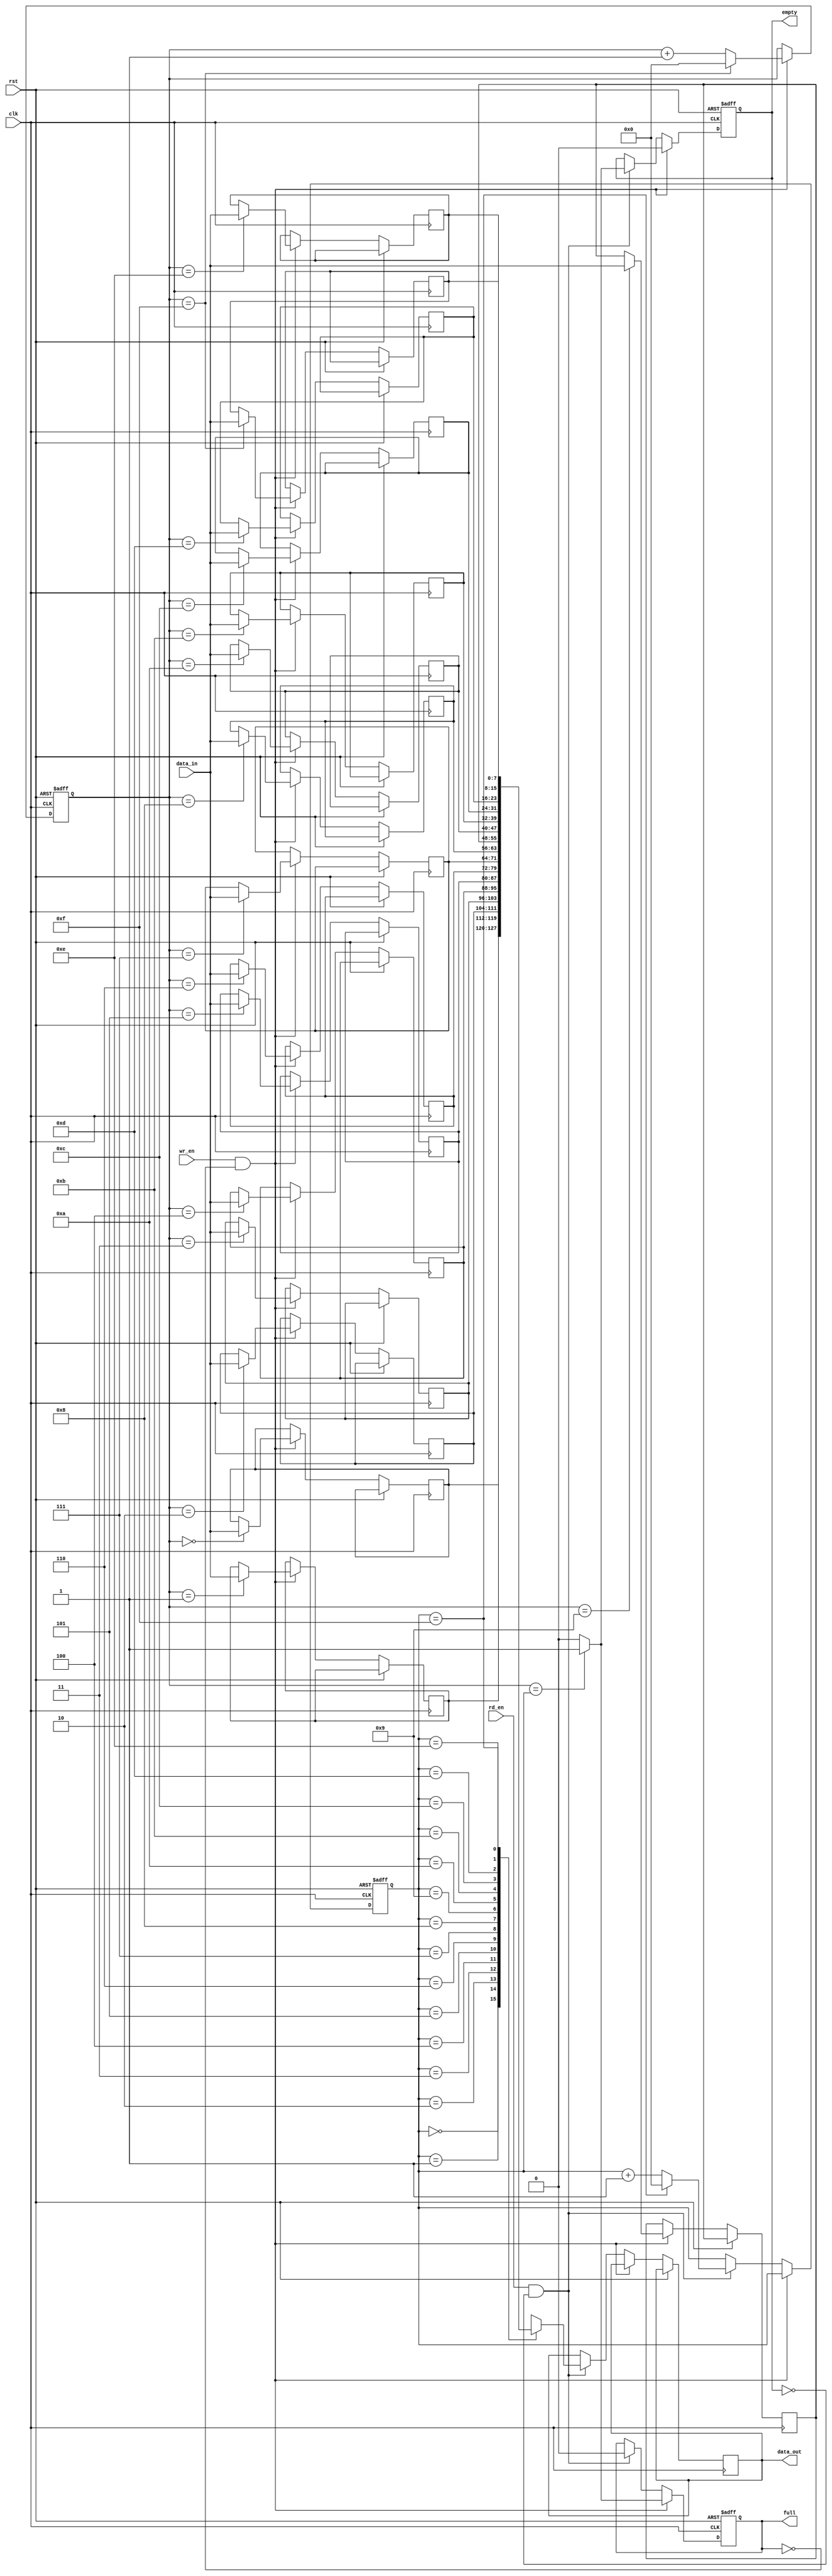
module fifo(
  input wire clk,
  input wire rst,
  input wire wr_en,
  input wire rd_en,
  input wire [7:0] data_in,
  output reg [7:0] data_out,
  output reg full,
  output reg empty
);

parameter BUFFER_SIZE = 16;
reg [7:0] buffer [0:BUFFER_SIZE-1];
reg [3:0] wr_ptr;
reg [3:0] rd_ptr;

always @ (posedge clk or posedge rst)
begin
  if (rst)
  begin
    wr_ptr <= 4'b0000;
    rd_ptr <= 4'b0000;
    full <= 1'b0;
    empty <= 1'b1;
  end
  else if (wr_en && !full)
  begin
    buffer[wr_ptr] <= data_in;
    wr_ptr <= (wr_ptr == (BUFFER_SIZE-1)) ? 4'b0000 : wr_ptr + 4'b0001;
    full <= (wr_ptr == rd_ptr) ? 1'b1 : 1'b0;
    empty <= 1'b0;
  end
  else if (rd_en && !empty)
  begin
    data_out <= buffer[rd_ptr];
    rd_ptr <= (rd_ptr == (BUFFER_SIZE-1)) ? 4'b0000 : rd_ptr + 4'b0001;
    full <= 1'b0;
    empty <= (wr_ptr == rd_ptr) ? 1'b1 : 1'b0;
  end
end

endmodule